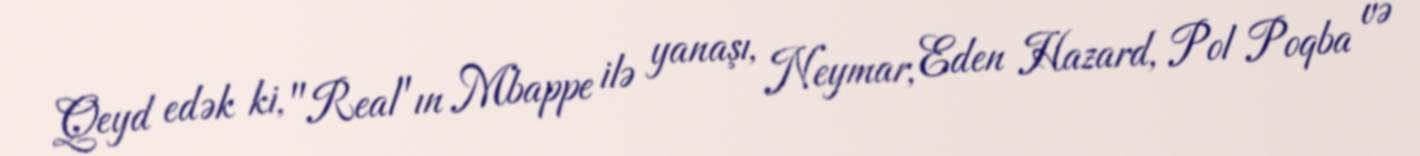
Qeyd edək ki, "Real"ın Mbappe ilə yanaşı, Neymar, Eden Hazard, Pol Poqba və